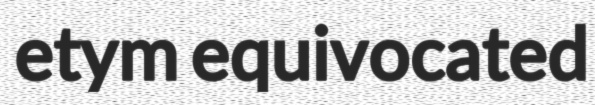
etym equivocated